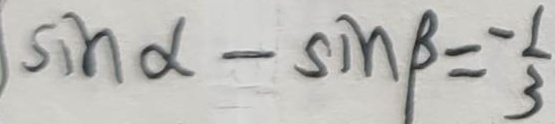
\sin \alpha - \sin \beta = \frac { - 1 } { 3 }